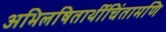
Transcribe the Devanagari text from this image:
अभिलषितार्थीचिंतामणि